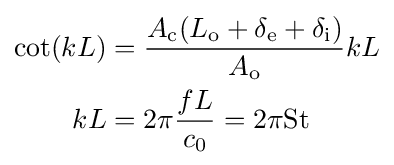
{\begin{aligned}\cot(kL)&={\frac {A_{\text{c}}(L_{\text{o}}+\delta _{\text{e}}+\delta _{\text{i}})}{A_{\text{o}}}}kL\\kL&=2\pi {\frac {fL}{c_{0}}}=2\pi {\text{St}}\end{aligned}}